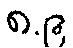
၈.၉